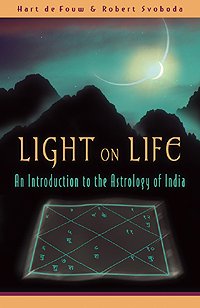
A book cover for Light on Life: An Introduction to the Astrology of India; Hart de Fouw; Religion & Spirituality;